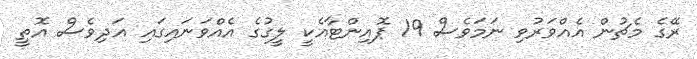
ރޭގެ މެޗުން އެއްވަރުވި ނަމަވެސް 19 ޕޮއިންޓާއެކީ ލީގުގެ އެއްވަނައިގައި އަދިވެސް އޮތީ